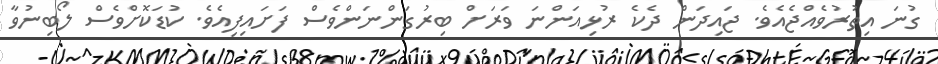
ގުނަ އިތުރުވެއްޖެއެވެ. ޖައިދަން ދެކެ ރުޅިއަންނަ ވަރަށް ބިރުގަންނަންވެސް ފަށައިފިއެވެ. ކުޑަކޮށްވެސް ލޯބިނުވާ